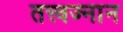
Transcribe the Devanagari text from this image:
तत्त्वज्नान